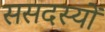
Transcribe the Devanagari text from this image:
ससदस्यों